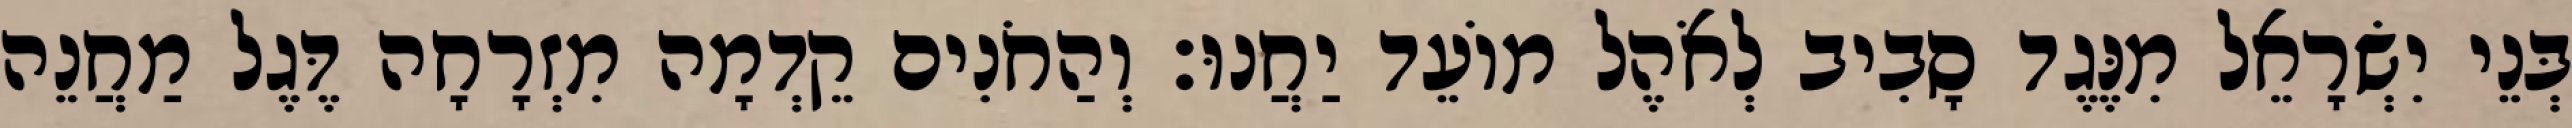
בְּנֵי יִשְׂרָאֵל מִנֶּגֶד סָבִיב לְאֹהֶל מוֹעֵד יַחֲנוּ׃ וְהַחֹנִים קֵדְמָה מִזְרָחָה דֶּגֶל מַחֲנֵה